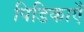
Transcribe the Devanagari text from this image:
पिडिकाएँ